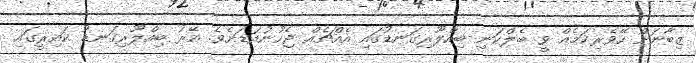
ޒިބާނަށް ހޭވެރިކަމެއް ވީ ބެލްކަނި ބިއްލޫރިގަނޑުގައި އެއްޗެއް ޖެހުނުއަޑަށެވެ. އޭރު ބިއްލޫރިގަނޑު ކައިރީގައި